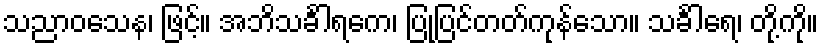
သညာဝသေန၊ ဖြင့်။ အဘိသင်္ခါရကေ၊ ပြုပြင်တတ်ကုန်သော။ သင်္ခါရေ၊ တို့ကို။